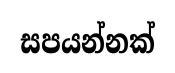
සපයන්නක්